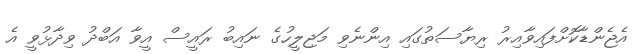
އެޖެންޑާކޮށްފައިވާއިރު ރިޔާސަތުގައި އިންނެވި މަޖިލީހުގެ ނައިބު ރައީސް އީވާ އަބްދު ވިދާޅުވީ އެ